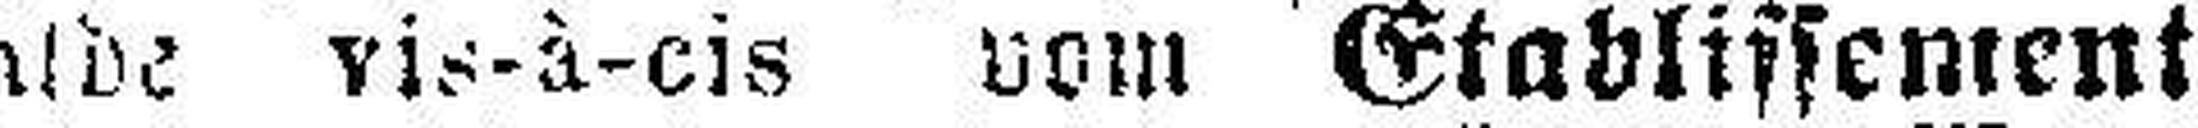
Walde vis-à-cis vom Etablissement